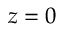
z = 0